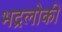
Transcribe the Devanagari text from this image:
भद्रलोकी